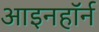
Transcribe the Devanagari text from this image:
आइनहॉर्न